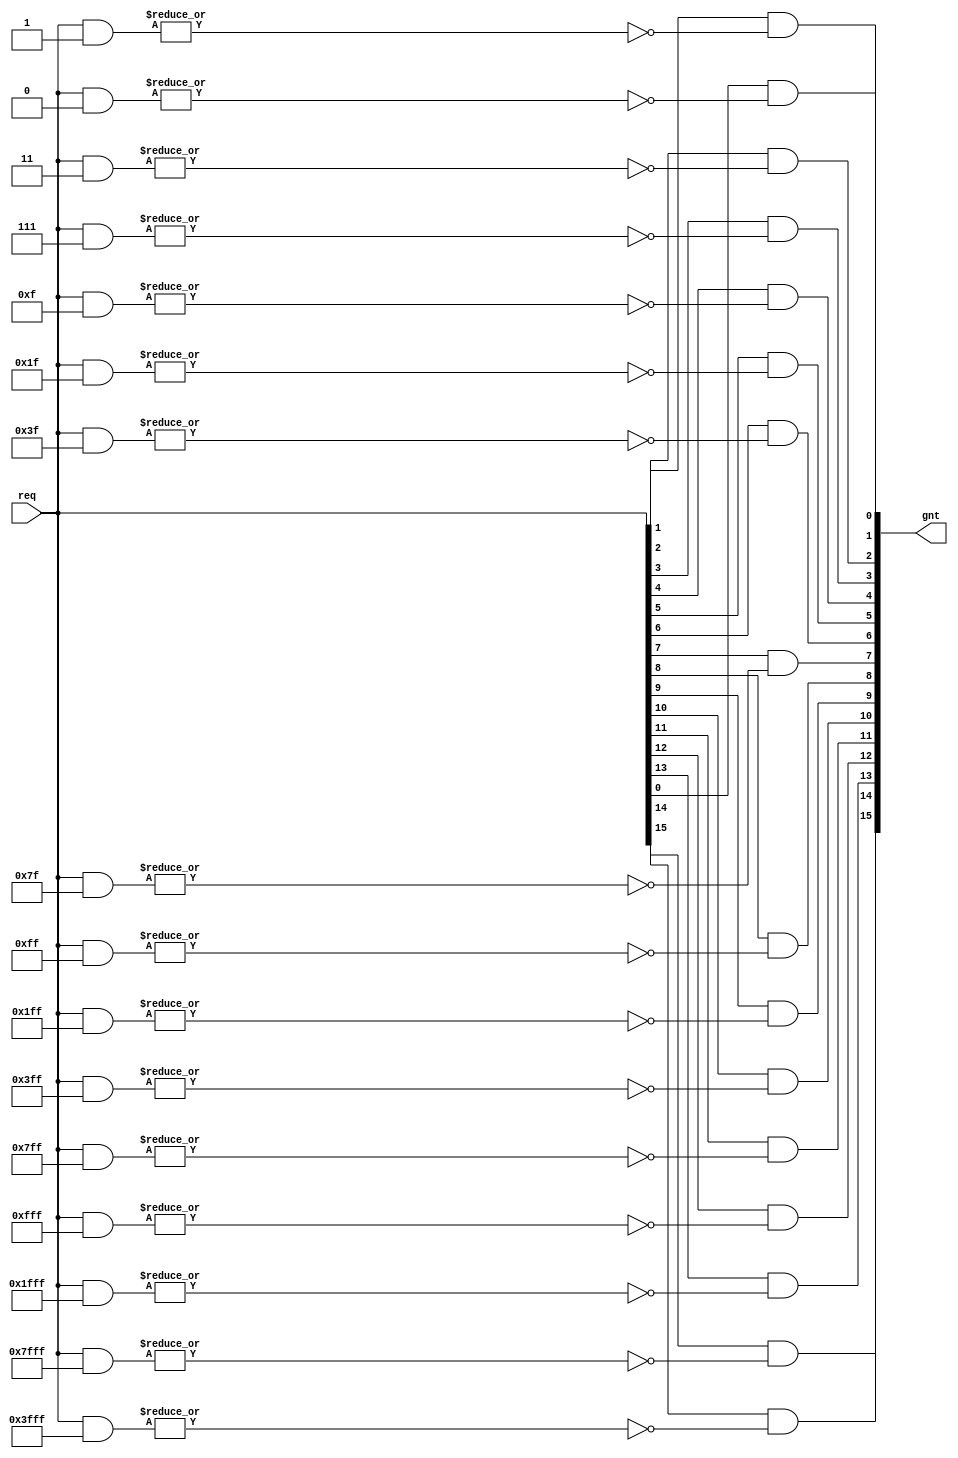
// This program was cloned from: https://github.com/Wren6991/Hazard3
// License: Apache License 2.0

/*****************************************************************************\
|                         Copyright (C) 2022 Luke Wren                        |
|                     SPDX-License-Identifier: Apache-2.0                     |
\*****************************************************************************/

// req: bitmap
// idx: bitmap with all bits clear except the least- (HIGHEST_WINS=0) or
//      most- (HIGHEST_WINS=1) significant set bit in req.

`default_nettype none

module hazard3_onehot_priority #(
	parameter W_REQ        = 16,
	parameter HIGHEST_WINS = 0
) (
	input  wire [W_REQ-1:0] req,
	output reg  [W_REQ-1:0] gnt
);

always @ (*) begin: select
	integer i;
	for (i = 0; i < W_REQ; i = i + 1) begin
		gnt[i] = req[i] && ~|(req & (
			HIGHEST_WINS ? ~({W_REQ{1'b1}} >> (W_REQ - 1 - i)) : ~({W_REQ{1'b1}} << i)
		));
	end
end

endmodule

`ifndef YOSYS
`default_nettype wire
`endif